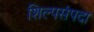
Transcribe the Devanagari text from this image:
शिल्पसंपदा